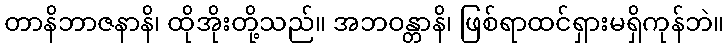
တာနိဘာဇနာနိ၊ ထိုအိုးတို့သည်။ အဘဝန္တာနိ၊ ဖြစ်ရာထင်ရှားမရှိကုန်ဘဲ။